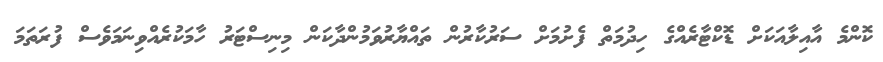
ކޮންމެ އާއިލާއަކަށް ޑޮކްޓާރެއްގެ ހިދުމަތް ފެށުމަށް ސަރުކާރުން ތައްޔާރުވަމުންދާކަން މިނިސްޓަރު ހާމަކުރެއްވިނަމަވެސް ފުރަތަމަ